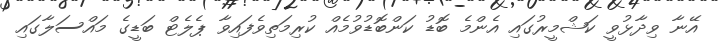
އޭނާ ވިދާޅުވީ ކަޝްމީރުގައި އެންމެ ބޮޑު ކަންބޮޑުވުމެއް ކުރިމަތިވެފައިވާ ޕެލެޓް ބަޑީގެ މައްސަލާގައި